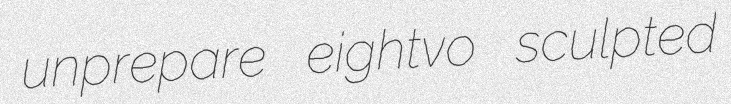
unprepare eightvo sculpted